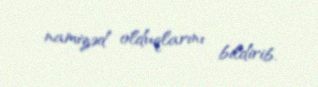
namizəd olduqlarını bildirib.